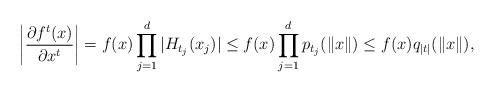
LaTeX: \begin{align*}\biggl|\frac{\partial f^t(x)}{\partial x^t}\biggr| = f(x)\prod_{j=1}^d |H_{t_j}(x_j)| \leq f(x)\prod_{j=1}^d p_{t_j}(\|x\|) \leq f(x)q_{|t|}(\|x\|),\end{align*}